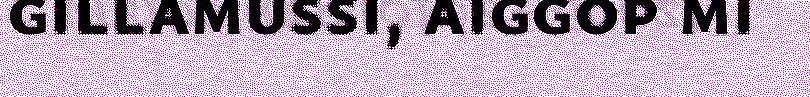
gillamussi, aiggop mi